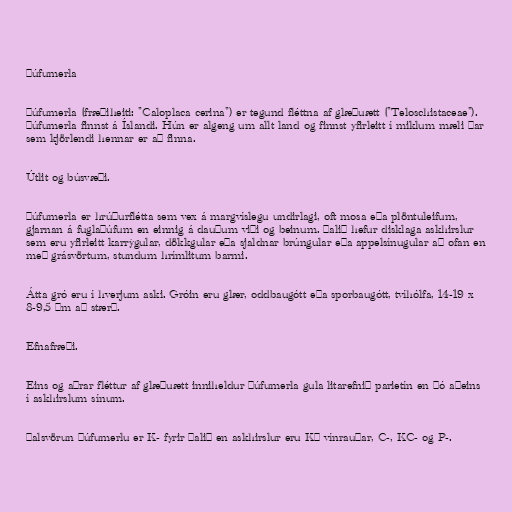
Þúfumerla

Þúfumerla (fræðiheiti: "Caloplaca cerina") er tegund fléttna af glæðuætt ("Teloschistaceae").
Þúfumerla finnst á Íslandi. Hún er algeng um allt land og finnst yfirleitt í miklum mæli þar
sem kjörlendi hennar er að finna.

Útlit og búsvæði.

Þúfumerla er hrúðurflétta sem vex á margvíslegu undirlagi, oft mosa eða plöntuleifum,
gjarnan á fuglaþúfum en einnig á dauðum viði og beinum. Þalið hefur disklaga askhirslur
sem eru yfirleitt karrýgular, dökkgular eða sjaldnar brúngular eða appelsínugular að ofan en
með grásvörtum, stundum hrímlitum barmi.

Átta gró eru í hverjum aski. Gróin eru glær, oddbaugótt eða sporbaugótt, tvíhólfa, 14-19 x
8-9,5 µm að stærð.

Efnafræði.

Eins og aðrar fléttur af glæðuætt inniheldur þúfumerla gula litarefnið parietín en þó aðeins
í askhirslum sínum.

Þalsvörun þúfumerlu er K- fyrir þalið en askhirslur eru K+ vínrauðar, C-, KC- og P-.